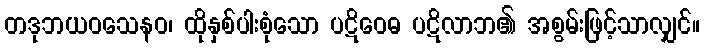
တဒုဘယဝသေနဝ၊ ထိုနှစ်ပါးစုံသော ပဋိဝေဓ ပဋိလာဘ၏ အစွမ်းဖြင့်သာလျှင်။